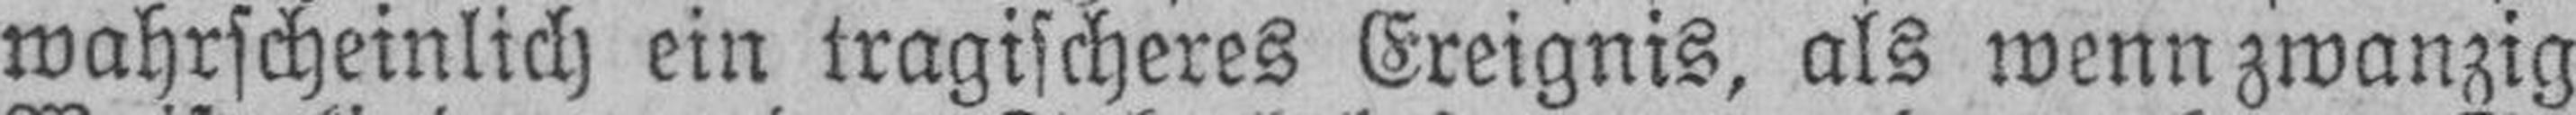
wahrscheinlich ein tragischeres Ereignis, als wenn zwanzig